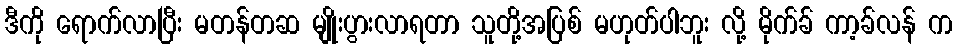
ဒီကို ရောက်လာပြီး မတန်တဆ မျိုးပွားလာရတာ သူတို့အပြစ် မဟုတ်ပါဘူး လို့ မိုက်ခ် ကာ့ခ်လန် က